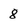
Character: 8